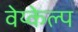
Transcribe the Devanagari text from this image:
वेय्केल्प